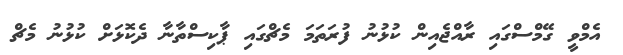
އެމްވީ ގޭމްސްގައި ރާއްޖެއިން ކުޅުނު ފުރަތަމަ މެޗްގައި ޕާކިސްތާނާ ދެކޮޅަށް ކުޅުނު މެޗް